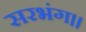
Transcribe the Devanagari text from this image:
सरभंग।।